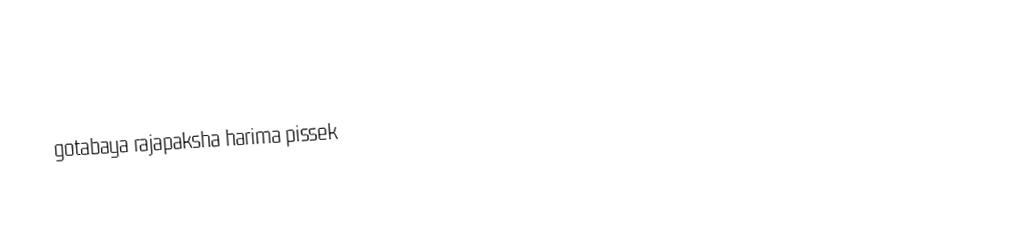
gotabaya rajapaksha harima pissek